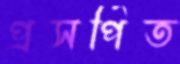
প্রসর্পিত